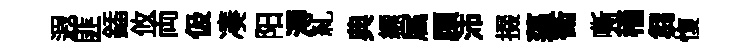
遐匪鍤攸両伋凑阳溽糺典縹属頋沛掇薖衛嘶穡芻愎